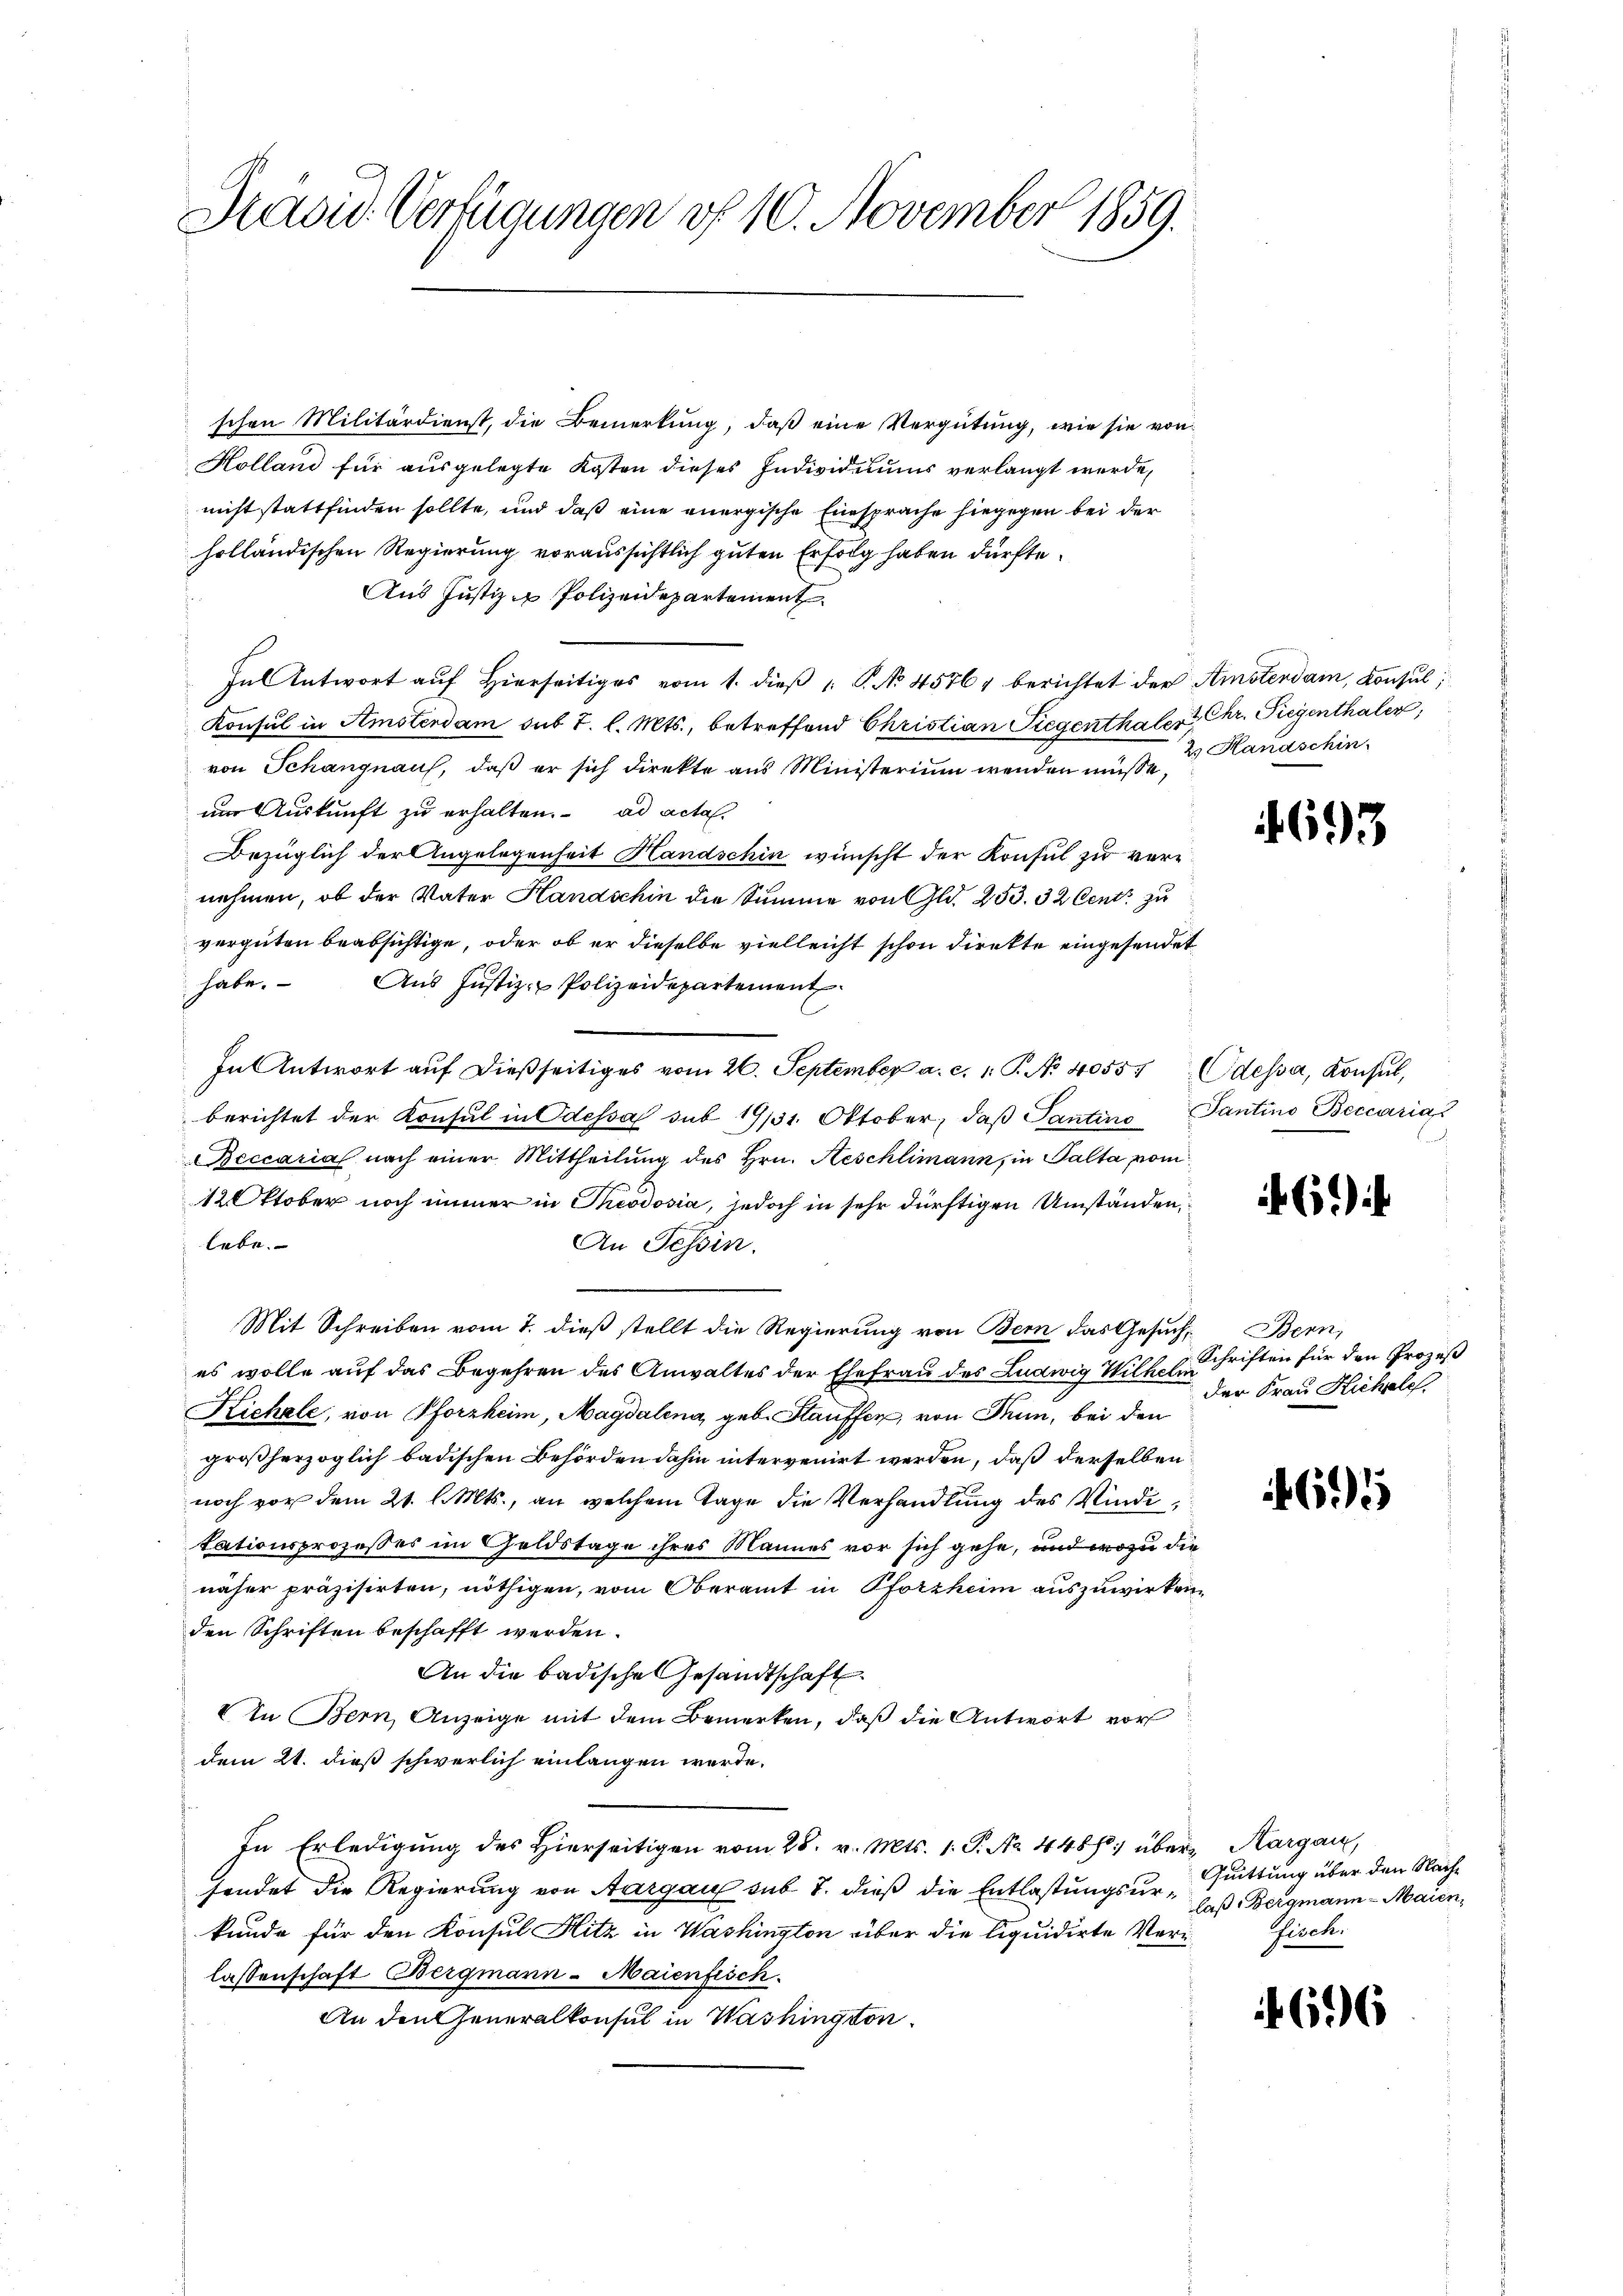
Pradir. Verfügungen vf 10. November 1859.

schen Militärdienst, die Bemerkung, daβ eine Vergütung, wie sie von
Holland für ausgelegte Kosten dieses Individuums verlangt werde,
nicht stattfinden sollte, und daß eine energische Einsprache hiegegen bei der
holländischen Regierung voraussichtlich guten Erfolg haben dürfte.
Aus Justiz & Polizeidepartement
In Antwort aŭf hierseitiges vom 1. dieβ  P. No. 45761 berichtet der Amsterdam, Konsul
Konsul in Amsterdam sub 7. l. Mts., betreffend Christian Liegenthaler Chr. Siegenthaler,
von Schangnau, daß er sich direkte aus Ministerium wenden müße, 3 Hanaschin
um Auskunft zu erhalten. ad acta.
Bezüglich der Angelegenheit Handschin wünscht der Konsul zu verenehmen, ob der Vater Handschin die Summe von Gld. 253. 32 Cent zu
vergüten beabsichtige, oder ob er dieselbe vielleicht schon direkte eingesendet
habe.
Ans Justiz - Polizeidepartement
In Antwort aŭf dießseitiges vom 26. September a. c. 1. P. No. 40557 Odessa, Konsŭl,
berichtet der Konsul in Odessa sub 1931. Oktober, daβ Pantino Tantino Beccaria
Beccaria nach einer Mittheilung des Hrn. Aeschlimann, in Palta vom
12 Oktober noch immer in Theodosia, jedoch in sehr dürftigen Umständen,
lebe.
An Tessin.
Mit Schreiben vom 7. dieß stellt die Regierung von Bern das Gesuch, Bern,
es wolle auf das Begehren des Anwaltes der Ehefrau des Ludwig Wilhelm Schriften für den Prozeß
Kichele, von Pforzheim, Magdalena, geb. Stauffen, von Thun, bei den
großherzoglich badischen Behörden dahin intervenirt werden, daß derselben
noch vor dem 21. l. Mts., an welchem Tage die Verhandlung des Kindetationsprozesses im Geldstage ihres Mannes vor sich gehe, und wozu die
näher präzisirten, nöthigen, vom Oberamt in Pforzheim auszuwirken,
den Schriften beschafft werden.
An die badische Gesandtschaft
V In Bern, Anzeige mit dem Bemerken, daß die Antwort vor
dem 21. dieß schwerlich einlangen werde.
In Erledigung des Hierseitigen vom 28. v. Mts. 1. P. No. 4488) über Aargau,
hendet die Regierung von Aargau sub 7. dieß die Entlastungsur Quittung über den Nachkunde für den Konsul Hitz in Washington über die liquidirte Verlassenschaft Bergmann-Maienfisch
An den Generalkonsul in Washington

4693

6

der Frau Kichele

695

laß Bergmann Maien,
fisch.

696